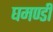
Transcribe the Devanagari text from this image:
घमण्‍डी